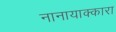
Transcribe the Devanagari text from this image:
नानायाक्कारा